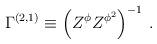
LaTeX: \begin{align*}{\Gamma}^{(2,1)} \equiv \left(Z^{\phi} Z^{\phi^2} \right)^{-1} \, .\end{align*}